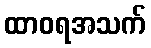
ထာဝရအသက်